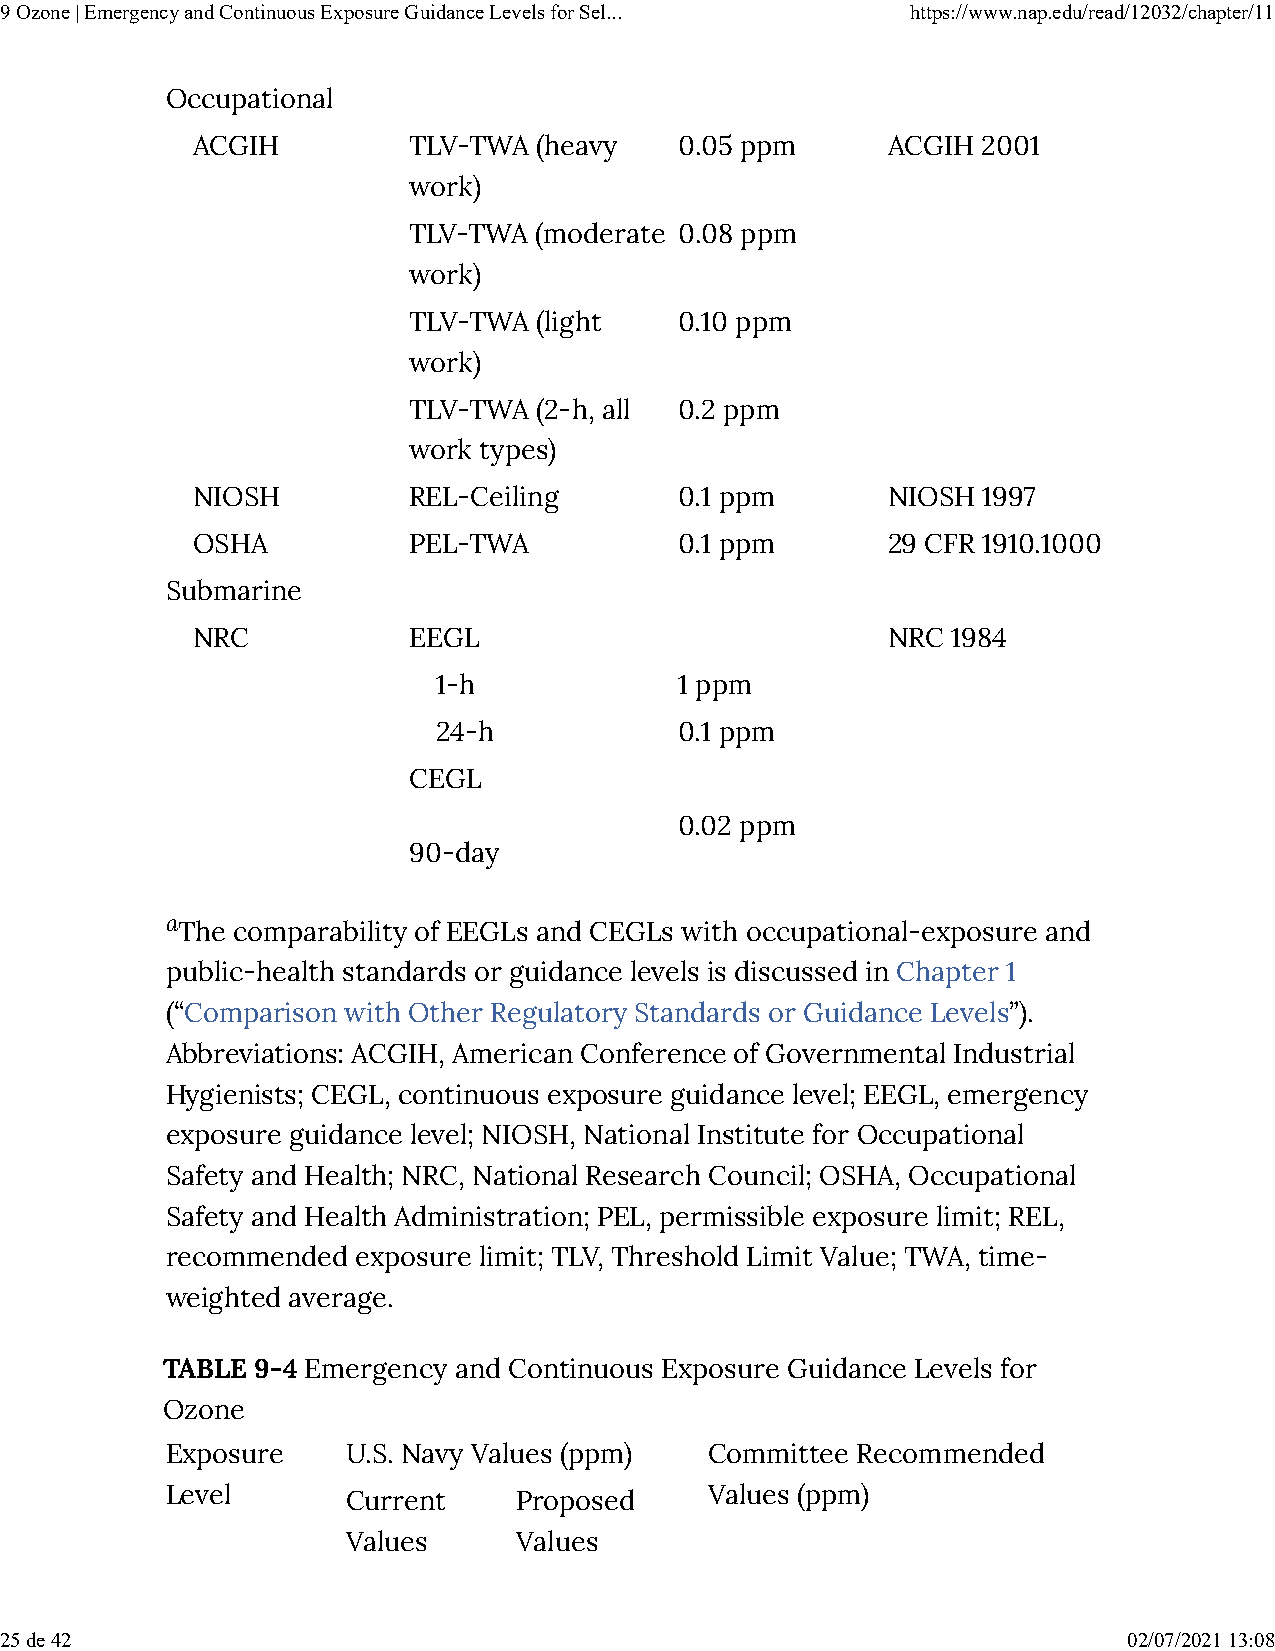
9 Ozone | Emergency and Continuous Exposure Guidance Levels for Sel... https://www.nap.edu/read/12032/chapter/11
 Occupational
 ACGIH         TLV-TWA (heavy    0.05 ppm      ACGIH 2001
 work)
 TLV-TWA (moderate 0.08 ppm
 work)
 TLV-TWA (light    0.10 ppm
 work)
 TLV-TWA (2-h, all 0.2 ppm
 work types)
 NIOSH         REL-Ceiling       0.1 ppm       NIOSH 1997
 OSHA          PEL-TWA           0.1 ppm       29 CFR 1910.1000
 Submarine
 NRC           EEGL                            NRC 1984
 1-h             1 ppm
 24-h            0.1 ppm
 CEGL
 0.02 ppm
 90-day
 aThe comparability of EEGLs and CEGLs with occupational-exposure and
 public-health standards or guidance levels is discussed in Chapter 1
 (“Comparison with Other Regulatory Standards or Guidance Levels”).
 Abbreviations: ACGIH, American Conference of Governmental Industrial
 Hygienists; CEGL, continuous exposure guidance level; EEGL, emergency
 exposure guidance level; NIOSH, National Institute for Occupational
 Safety and Health; NRC, National Research Council; OSHA, Occupational
 Safety and Health Administration; PEL, permissible exposure limit; REL,
 recommended  exposure limit; TLV, Threshold Limit Value; TWA, time-
 weighted average.
 TABLE 9-4 Emergency and Continuous Exposure Guidance Levels for
 Ozone
 Exposure    U.S. Navy Values (ppm)  Committee Recommended
 Level       Current    Proposed     Values (ppm)
 Values     Values
 25 de 42                                                                   02/07/2021 13:08